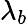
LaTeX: \lambda_{b}